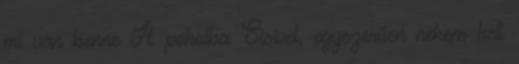
mi van benne A pokolba Sisivel, egyszerűen nekem kell